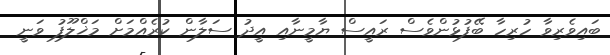
ބައިވެރިވާ ހުރިހާ ބޭފުޅުންވެސް ރައީސް ޔާމީނާއި އީދު ސަލާން ކުރެއްމަށް މަޚްލޫފު ވަނީ